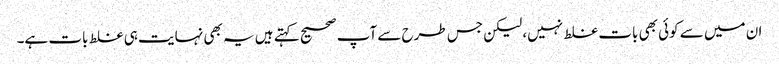
ان میں سے کوئی بھی بات غلط نہیں، لیکن جس طرح سے آپ صحیح کہتے ہیں یہ بھی نہایت ہی غلط بات ہے۔